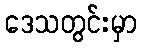
ဒေသတွင်းမှာ